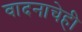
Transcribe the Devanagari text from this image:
वादनाचेही